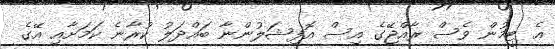
އެ ޓީމުން ވެސް ރާއްޖޭގެ އިސް އޮފިޝަލުންނާ ބައްދަލު ކުރާނެ ކަމަށާއި އޭގެ